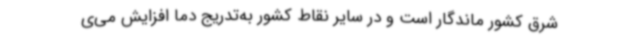
شرق کشور ماندگار است و در سایر نقاط کشور به‌تدریج دما افزایش می‌ی